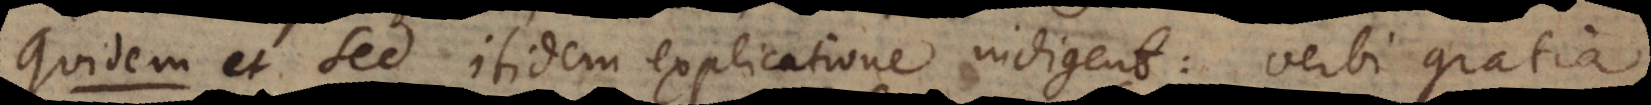
Quidem et Sed itidem explicatione indigent: verbi gratia